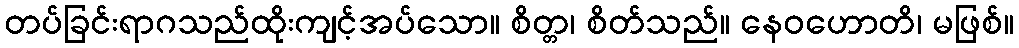
တပ်ခြင်းရာဂသည်ထိုးကျင့်အပ်သော။ စိတ္တ၊ စိတ်သည်။ နေဝဟောတိ၊ မဖြစ်။